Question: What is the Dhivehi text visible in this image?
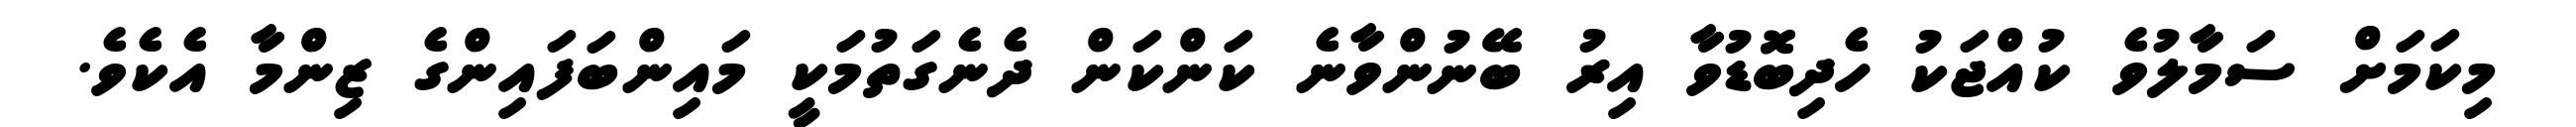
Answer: މިކަމަށް ސަމާލުވެ ކުއްޖަކު ހެދިބޮޑުވާ އިރު ބޭނުންވާނެ ކަންކަން ދެނެގަތުމަކީ މައިންބަފައިންގެ ޒިންމާ އެކެވެ.